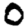
Digit: 0